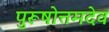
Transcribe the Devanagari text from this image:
पुरूषोत्तमदेव